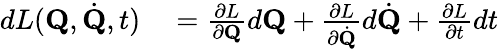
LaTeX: \begin{array}{rl}{dL(\mathbf{Q},{\dot{\mathbf{Q}}},t)}&{{}={\frac{\partial L}{\partial\mathbf{Q}}}d\mathbf{Q}+{\frac{\partial L}{\partial{\dot{\mathbf{Q}}}}}d{\dot{\mathbf{Q}}}+{\frac{\partial L}{\partial t}}dt}\end{array}